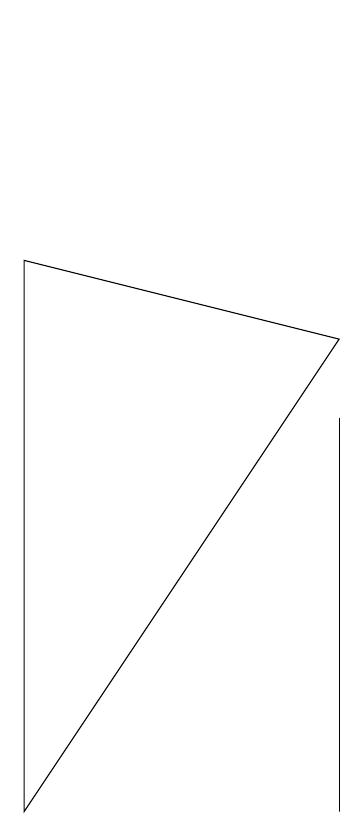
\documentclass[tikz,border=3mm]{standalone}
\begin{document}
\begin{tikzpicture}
\draw (4,7) -- (8,6) -- (4,0) -- cycle;
\draw (4,10) rectangle (4,10);
\draw (8,5) -- (8,0) -- (8,2) -- cycle;
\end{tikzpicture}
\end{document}